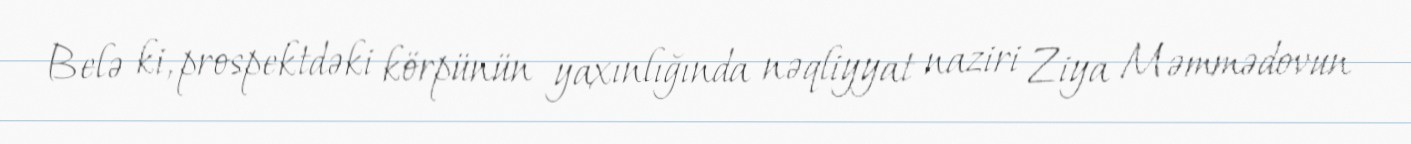
Belə ki, prospektdəki körpünün yaxınlığında nəqliyyat naziri Ziya Məmmədovun